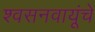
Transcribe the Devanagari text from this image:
श्वसनवायूंचे